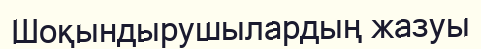
Шоқындырушылардың жазуы